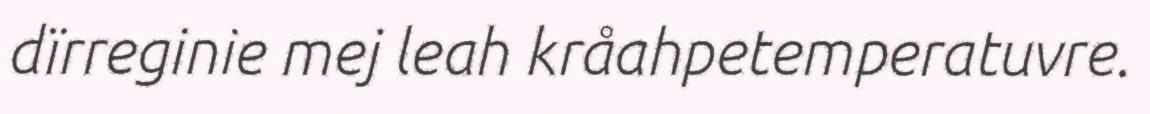
dïrreginie mej leah kråahpetemperatuvre.